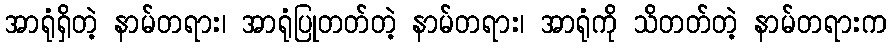
အာရုံရှိတဲ့ နာမ်တရား၊ အာရုံပြုတတ်တဲ့ နာမ်တရား၊ အာရုံကို သိတတ်တဲ့ နာမ်တရားက